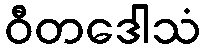
ဝီတဒေါသံ